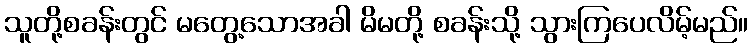
သူတို့စခန်းတွင် မတွေ့သောအခါ မိမတို့ စခန်းသို့ သွားကြပေလိမ့်မည်။